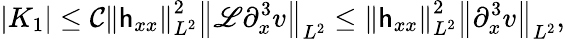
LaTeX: |K_{1}|\leq\mathcal{C}\left\| \mathsf{h}_{xx}\right\| _{L^{2}}^{2}\left\| \mathscr{{L}}\partial_{x}^{3}v\right\| _{L^{2}}\leq\left\| \mathsf{h}_{xx}\right\| _{L^{2}}^{2}\left\| \partial_{x}^{3}v\right\| _{L^{2}},